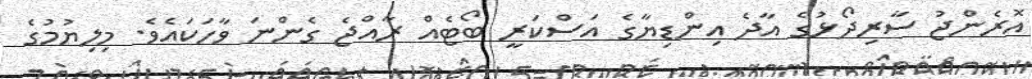
އޮރެންޖު ސާރިދޯޅުގެ އާދެ އިންޑިޔާގެ އަސްކަރީ ބޯޓެއް ރާއްޖެ ގެންނަ ވާހަކައެވެ. މިލިޔުމުގެ